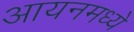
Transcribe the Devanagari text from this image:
आयनमध्ये